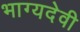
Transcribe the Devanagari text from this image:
भाग्यदेवी